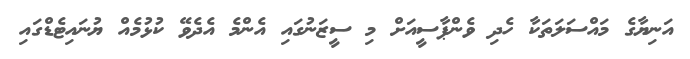
އަނިޔާގެ މައްސަލަތަކާ ހެދި ވެންޕާސީއަށް މި ސީޒަނުގައި އެންމެ އެދެވޭ ކުޅުމެއް ޔުނައިޓެޑްގައި